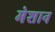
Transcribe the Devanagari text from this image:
मेशान